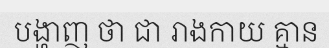
បង្ហាញ ថា ជា រាងកាយ គ្មាន